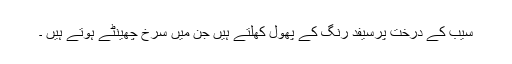
سیب کے درخت پرسیفد رنگ کے پھول کھلتے ہیں جن میں سرخ چھینٹے ہوتے ہیں ۔